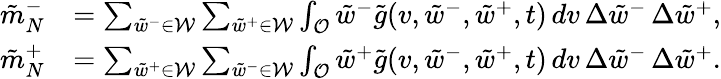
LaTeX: \begin{array}{rl}{\tilde{m}_{N}^{-}}&{=\sum_{\tilde{w}^{-}\in\mathcal{W}}\sum_{\tilde{w}^{+}\in\mathcal{W}}\int_{\mathcal{O}}\tilde{w}^{-}\tilde{g}(v,\tilde{w}^{-},\tilde{w}^{+},t)\, dv\, \Delta{\tilde{w}}^{-}\, \Delta{\tilde{w}}^{+},}\\ {\tilde{m}_{N}^{+}}&{=\sum_{\tilde{w}^{+}\in\mathcal{W}}\sum_{\tilde{w}^{-}\in\mathcal{W}}\int_{\mathcal{O}}\tilde{w}^{+}\tilde{g}(v,\tilde{w}^{-},\tilde{w}^{+},t)\, dv\, \Delta{\tilde{w}}^{-}\, \Delta{\tilde{w}}^{+}.}\end{array}